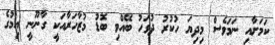
ކަމަށާއި ނަމަވެސް މިދިޔަ ހުކުރު ދުވަހު ބޭއްވި ބޮޑު މުޒާހަރާއަކީ ގާނޫނީ އިމުގެ